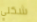
شكلي